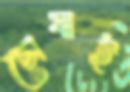
চোষাই